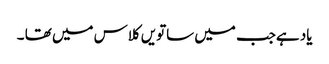
یاد ہےجب میں ساتویں کلاس میں تھا ۔